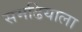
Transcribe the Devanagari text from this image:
समढियाला